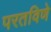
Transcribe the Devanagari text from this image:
परतविणे